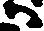
ハ